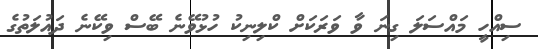
ސިއްހީ މައްސަލަ ގިނަ ވާ ވަރަކަށް ކްލިނިކު ހުޅުވޭނެ ބޭސް ވިކޭނެ ދައުލަތުގެ